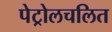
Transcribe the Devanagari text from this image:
पेट्रोलचलित